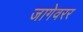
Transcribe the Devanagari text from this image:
जागेवरर